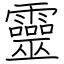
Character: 靈